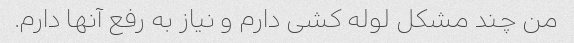
من چند مشکل لوله کشی دارم و نیاز به رفع آنها دارم.